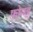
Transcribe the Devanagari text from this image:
फ़ोयड्